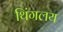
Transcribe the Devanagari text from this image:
थिंगलय